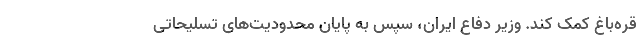
قره‌باغ کمک کند. وزیر دفاع ایران، سپس به پایان محدودیت‌های تسلیحاتی